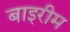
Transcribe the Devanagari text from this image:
बाइरीम